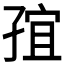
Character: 𭓍